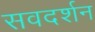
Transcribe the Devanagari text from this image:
सवदर्शन